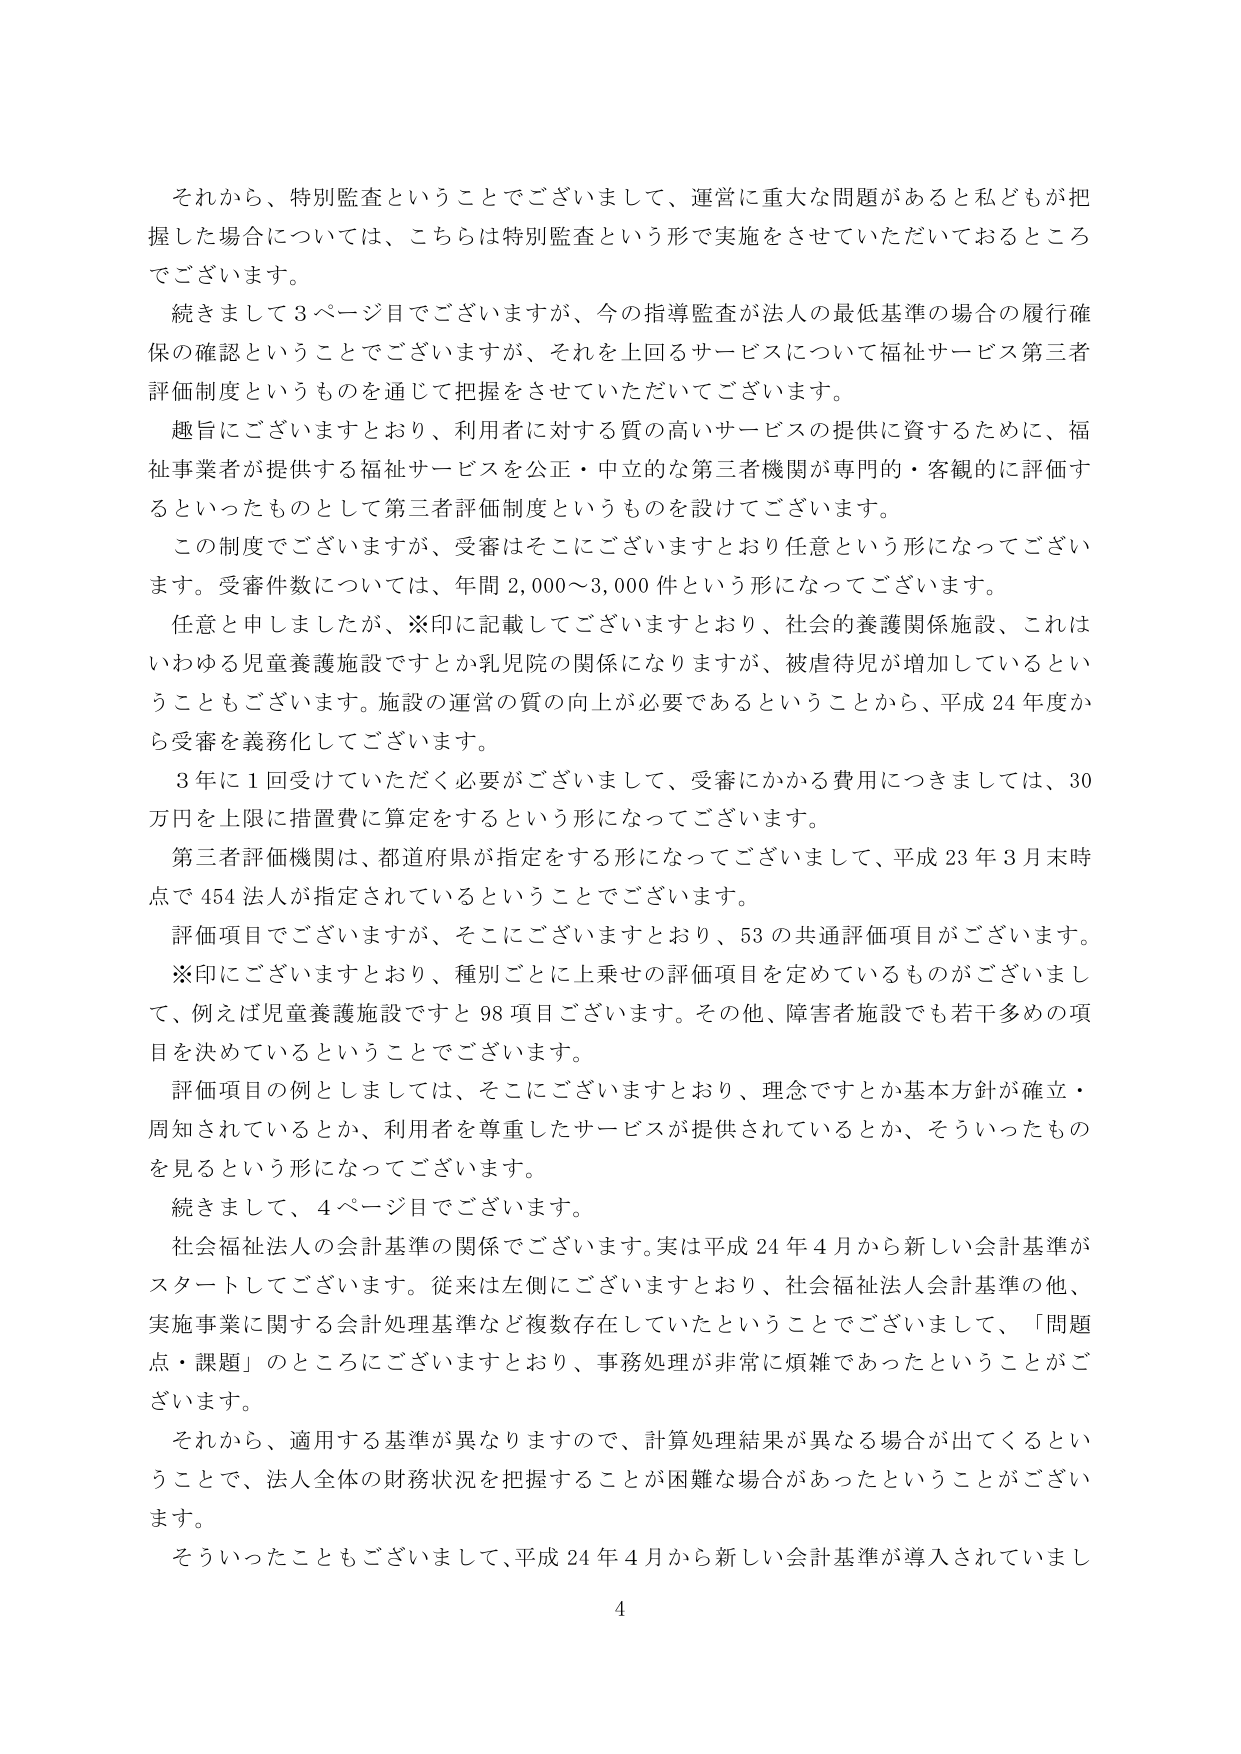
それから、特別監査ということでございまして、運営に重大な問題があると私どもが把握した場合については、こちらは特別監査という形で実施をさせていただいておるところでございます。

続きまして３ページ目でございますが、今の指導監査が法人の最低基準の場合の履行確保の確認ということでございますが、それを上回るサービスについて福祉サービス第三者評価制度というものを通じて把握をさせていただいてございます。

趣旨にございますとおり、利用者に対する質の高いサービスの提供に資するために、福祉事業者が提供する福祉サービスを公正・中立的な第三者機関が専門的・客観的に評価するといったものとして第三者評価制度というものを設けてございます。

この制度でございますが、受審はそこにございますとおり任意という形になってございます。受審件数については、年間2,000～3,000件という形になってございます。

任意と申しましたが、※印に記載してございますとおり、社会的養護関係施設、これはいわゆる児童養護施設ですとか乳児院の関係になりますが、被虐待児が増加しているということもございます。施設の運営の質の向上が必要であるということから、平成24年度から受審を義務化してございます。

3年に1回受けていただく必要がございまして、受審にかかる費用につきましては、30万円を上限に措置費に算定をするという形になってございます。

第三者評価機関は、都道府県が指定をする形になってございまして、平成23年3月末時点で454法人が指定されているということでございます。

評価項目でございますが、そこにございますとおり、53の共通評価項目がございます。※印にございますとおり、種別ごとに上乗せの評価項目を定めているもののがございまして、例えば児童養護施設ですと98項目ございます。その他、障害者施設でも若干多めの項目を決めているということでございます。

評価項目の例としましては、そこにございますとおり、理念ですとか基本方針が確立・周知されているとか、利用者を尊重したサービスが提供されているとか、そういったものを見るという形になってございます。

続きまして、4ページ目でございます。

社会福祉法人の会計基準の関係でございます。実は平成24年4月から新しい会計基準がスタートしてございます。従来は左側にございますとおり、社会福祉法人会計基準の他、実施事業に関する会計処理基準など複数存在していたということでございまして、「問題点・課題」のところにございますとおり、事務処理が非常に煩雑であったということがございます。

それから、適用する基準が異なりますので、計算処理結果が異なる場合が出てくるということで、法人全体の財務状況を把握することが困難な場合があったということがございます。

そういったこともございまして、平成24年4月から新しい会計基準が導入されていまし

4